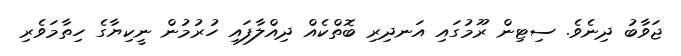
ޖަވާބު ދިނެވެ. ސިޓިން ރޫމުގައި އަނދިރި ބޮތްކެއް ދިއްލާފައި ހުރުމުން ނީކިޔާގެ ހިތާމަވެރި